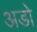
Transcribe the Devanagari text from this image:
अडो